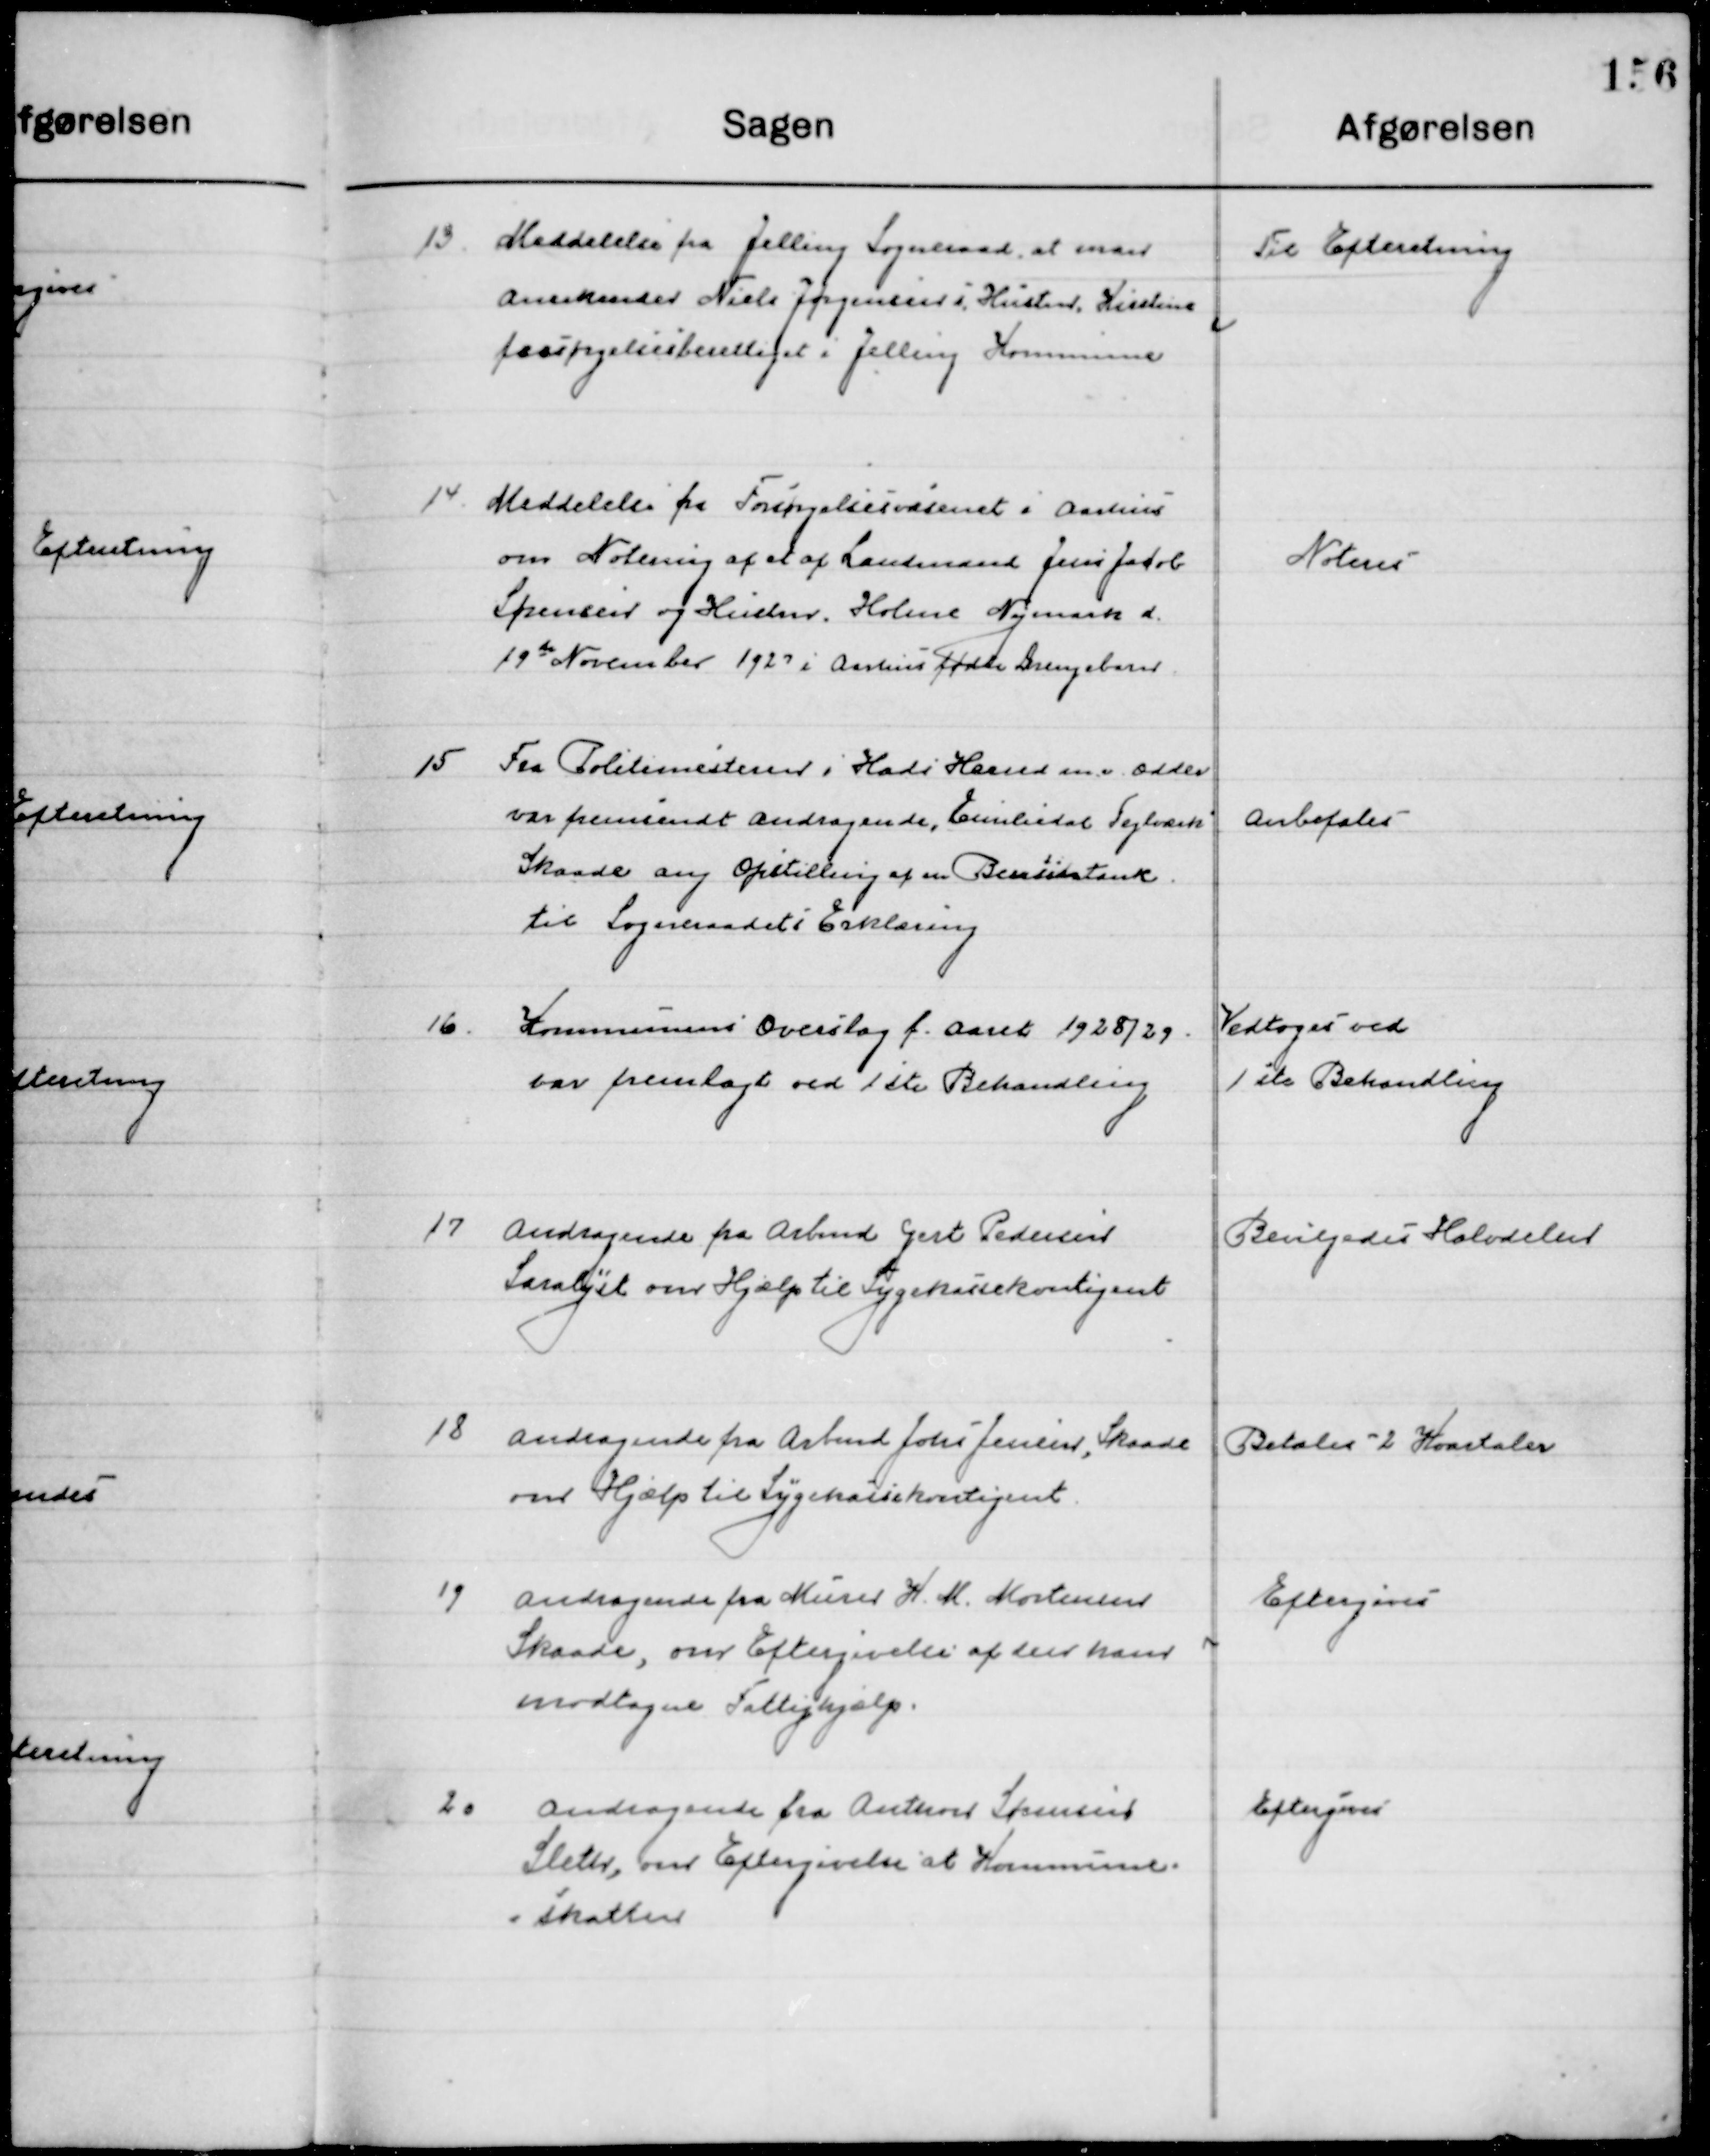
Transskription:
13

Meddelelse fra Jelling Sogneraad, at man
Anerkender Niels Jørgensens Hustru Kirstine 
forsørgelsesberettiget i Jelling Kommune.

Til Efterretning

14

Meddelelse fra forsørgelsesvæsenet i Aarhus
om Notering af et af Landmand Jens Jacob
Sørensen og Hustru, holme Nymark d. 
19de November 1929 i Aarhus fødte Drengebarn

Noteres

15

Fra Politimesteren i Hads herred m.m. Odder
Var fremsendt andragende, Emilendal Tegnværk
Skaade ang. Opstilling af en Bensintank.
til Sogneraadets Erklæring.

Anbefales

16

Kommunens Overslag f. Aaret 1928 / 29
Var fremlagt ved 1ste Behandling

Vedtoges ved
1ste Behandling

17

Andragende fra Arbmd. Gert Pedersen
Saralyst om Hjælp til Sygekassekontingent

Bevilgedes Halvdelen

18

Andragende fra Arbmd. John. Jensen, Skaade
om Hjælp til Sygekassekontingent

Betaler 2 Kvartaler

19

Andragende fra Murer H. M. Mortensen
Skaade om Eftergivelse af den hans 
Modtagne Fattighjælp.

Eftergives

20

Andragende fra Anthon Sørensen 
Sletr, om Eftergivelse af Kommune-
skatten

Eftergives